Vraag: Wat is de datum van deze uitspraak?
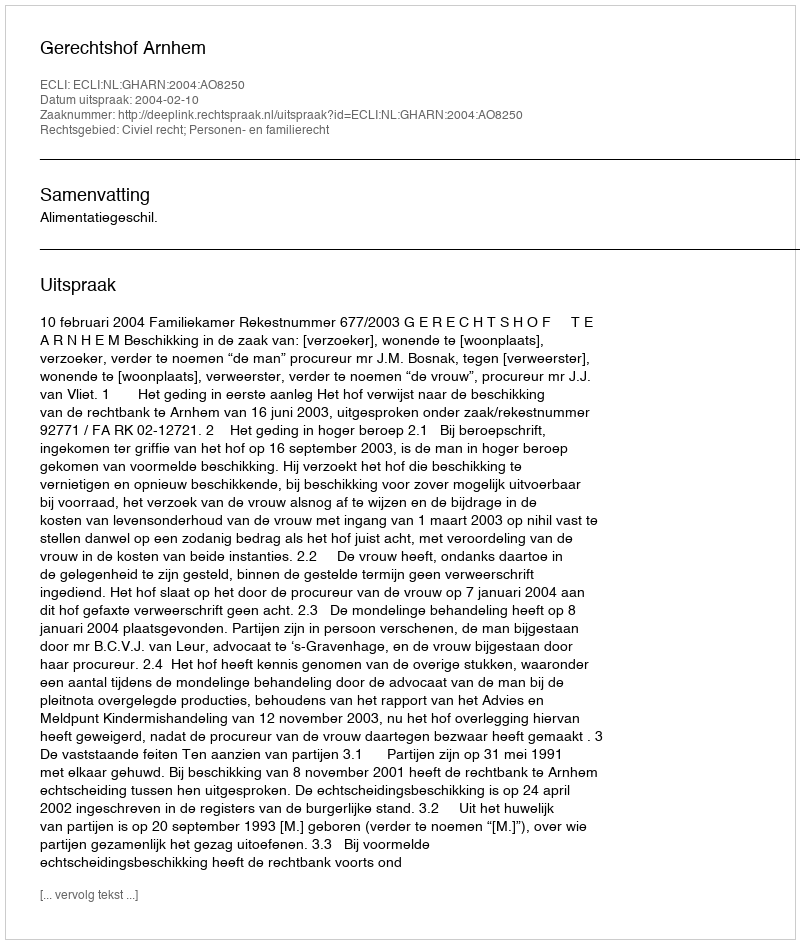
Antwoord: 2004-02-10